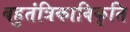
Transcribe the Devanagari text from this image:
बहुतंत्रिकाविकृति